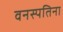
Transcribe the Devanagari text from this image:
वनस्पतिना